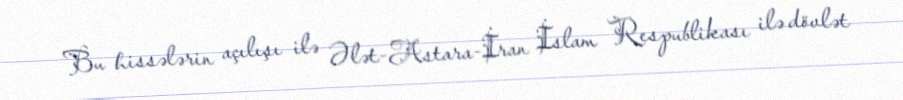
Bu hissələrin açılışı ilə Ələt-Astara-İran İslam Respublikası ilə dövlət